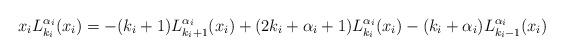
LaTeX: \begin{align*}x_iL^{\alpha_i}_{k_i}(x_i)=-(k_i+1)L^{\alpha_i}_{k_i+1}(x_i)+(2k_i+\alpha_i+1)L^{\alpha_i}_{k_i}(x_i)-(k_i+\alpha_i)L^{\alpha_i}_{k_i-1}(x_i)\end{align*}